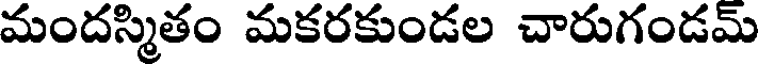
మందస్మితం మకరకుండల చారుగండమ్